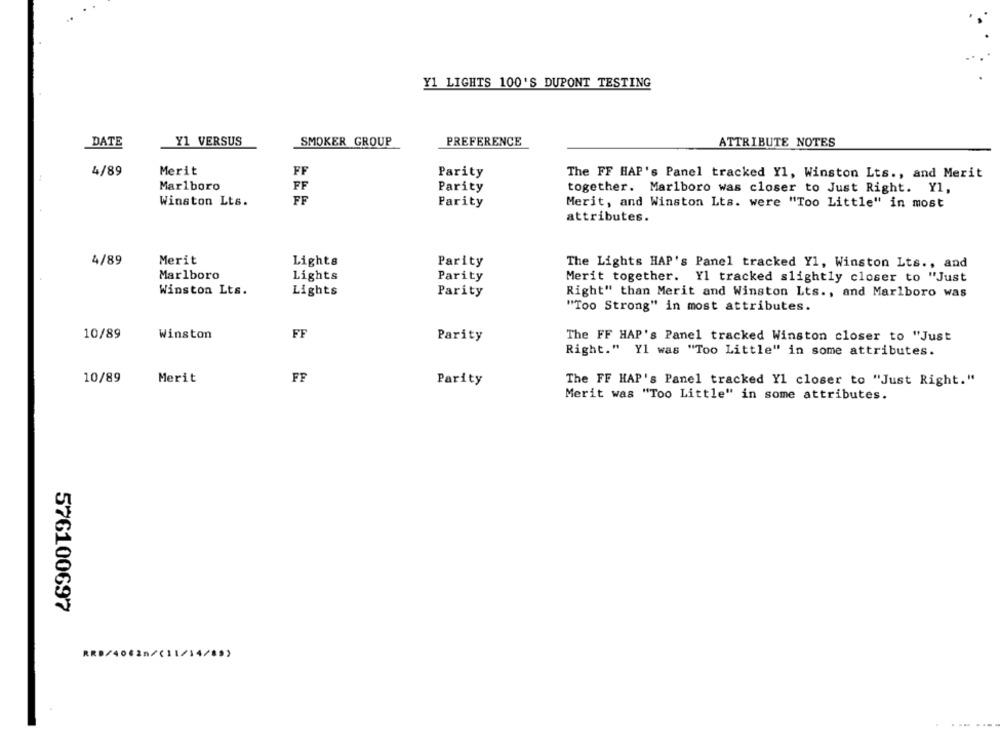
Y1 LIGHTS 100'S DUPONT TESTING
DATE
Y1 VERSUS
SMOKER GROUP
PREFERENCE
ATTRIBUTE NOTES
4/89
Merit
FF
Parity
The FF HAP's Panel tracked Y1, Winston Lts ., and Merit
Marlboro
FF
Parity
together. Marlboro was closer to Just Right. Y1,
Winston Lts.
FF
Parity
Merit, and Winston Lts. were "Too Little" in most
attributes.
4/89
Merit
Lights
Parity
The Lights HAP's Panel tracked Y1, Winston Lts ., and
Marlboro
Lights
Parity
Merit together. Yl tracked slightly closer to "Just
Winston Lts.
Lights
Parity
Right" than Merit and Winston Lts ., and Marlboro was
"Too Strong" in most attributes.
10/89
Winston
FF
Parity
The FF HAP's Panel tracked Winston closer to "Just
Right." Y1 was "Too Little" in some attributes.
10/89
Merit
FF
Parity
The FF HAP's Panel tracked Yl closer to "Just Right."
Merit was "Too Little" in some attributes.
576100697
RRD/4062n/(11/14/8>>